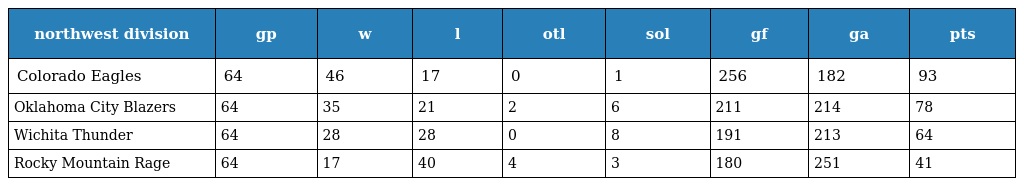
| northwest division | gp | w | l | otl | sol | gf | ga | pts |
 | --- | --- | --- | --- | --- | --- | --- | --- | --- |
 | Colorado Eagles | 64 | 46 | 17 | 0 | 1 | 256 | 182 | 93 |
 | Oklahoma City Blazers | 64 | 35 | 21 | 2 | 6 | 211 | 214 | 78 |
 | Wichita Thunder | 64 | 28 | 28 | 0 | 8 | 191 | 213 | 64 |
 | Rocky Mountain Rage | 64 | 17 | 40 | 4 | 3 | 180 | 251 | 41 |